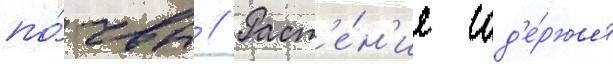
по́чвы // Раст'е́н'ие сод'е́ржит